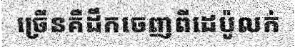
ច្រើនគឺដឹកចេញពីដេប៉ូលក់